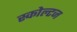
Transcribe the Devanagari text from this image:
स्कोल्टज